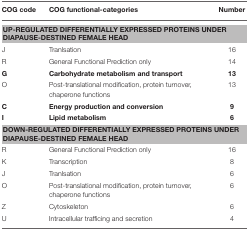
| COG code | COG functional-categories | Number |
 | --- | --- | --- |
 | <COLSPAN=3> UP-REGULATED DIFFERENTIALLY EXPRESSED PROTEINS UNDER DIAPAUSE-DESTINED FEMALE HEAD |
 | J | Tranlsation | 16 |
 | R | General Functional Prediction only | 14 |
 | G | Carbohydrate metabolism and transport | 13 |
 | O | Post-translational modification, protein turnover, chaperone functions | 13 |
 | C | Energy production and conversion | 9 |
 | I | Lipid metabolism | 6 |
 | <COLSPAN=3> DOWN-REGULATED DIFFERENTIALLY EXPRESSED PROTEINS UNDER DIAPAUSE-DESTINED FEMALE HEAD |
 | R | General Functional Prediction only | 16 |
 | K | Transcription | 8 |
 | J | Tranlsation | 6 |
 | O | Post-translational modification, protein turnover, chaperone functions | 6 |
 | Z | Cytoskeleton | 6 |
 | U | Intracellular trafficing and secretion | 4 |